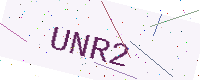
Text: UNR2